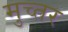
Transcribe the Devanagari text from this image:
मुच्तर